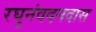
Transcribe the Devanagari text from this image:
रघुनंवदनदास